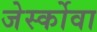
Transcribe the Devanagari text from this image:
जेर्स्कोवा